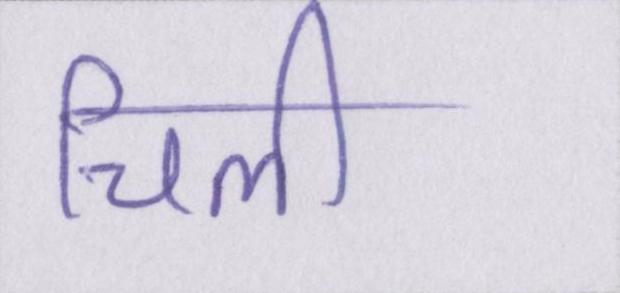
चिली